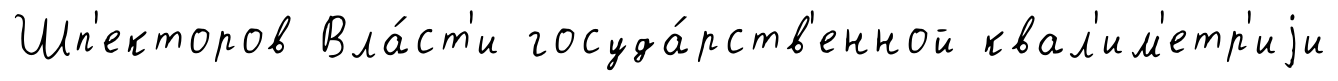
Шп'екторов Вла́ст'и госуда́рств'енной квал'им'етр'иjи